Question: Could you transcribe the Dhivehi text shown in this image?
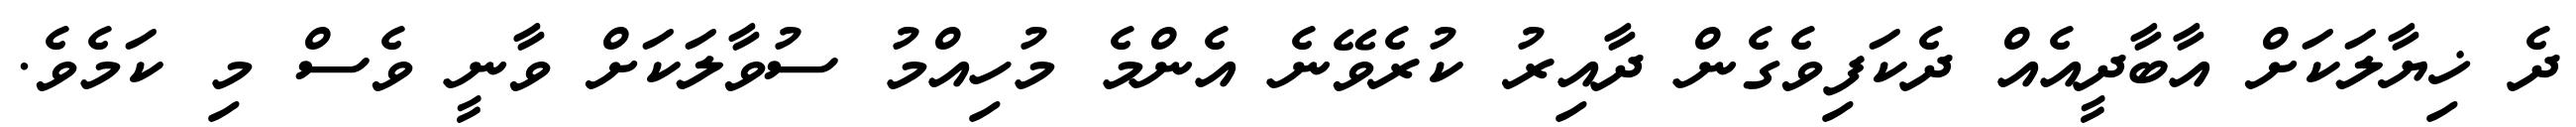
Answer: ދެ ޚިޔާލަކަށް އާބާދީއެއް ދެކަފިވެގެން ދާއިރު ކުރެވޭނެ އެންމެ މުހިއްމު ސުވާލަކަށް ވާނީ ވެސް މި ކަމެވެ.